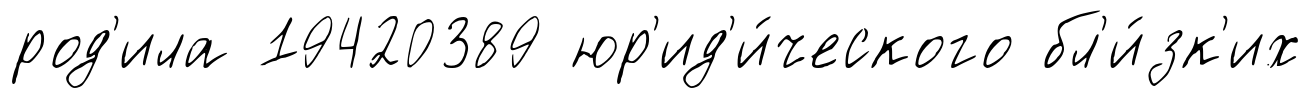
род'ила 19420389 юр'ид'и́ческого бл'и́зк'их